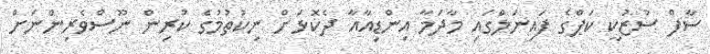
ސާފް ސުޒުކީ ކަޕްގެ ފައިނަލްގައި މާދަމާ އިންޑިއާއާ ދެކޮޅަށް ނިކުތުމުގެ ކުރިން ނޫސްވެރިންނަށް